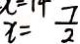
x = \frac { 7 } { 2 }